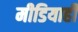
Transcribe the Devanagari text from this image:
मीडियाही